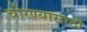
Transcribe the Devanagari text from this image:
चोरण्यासाठी